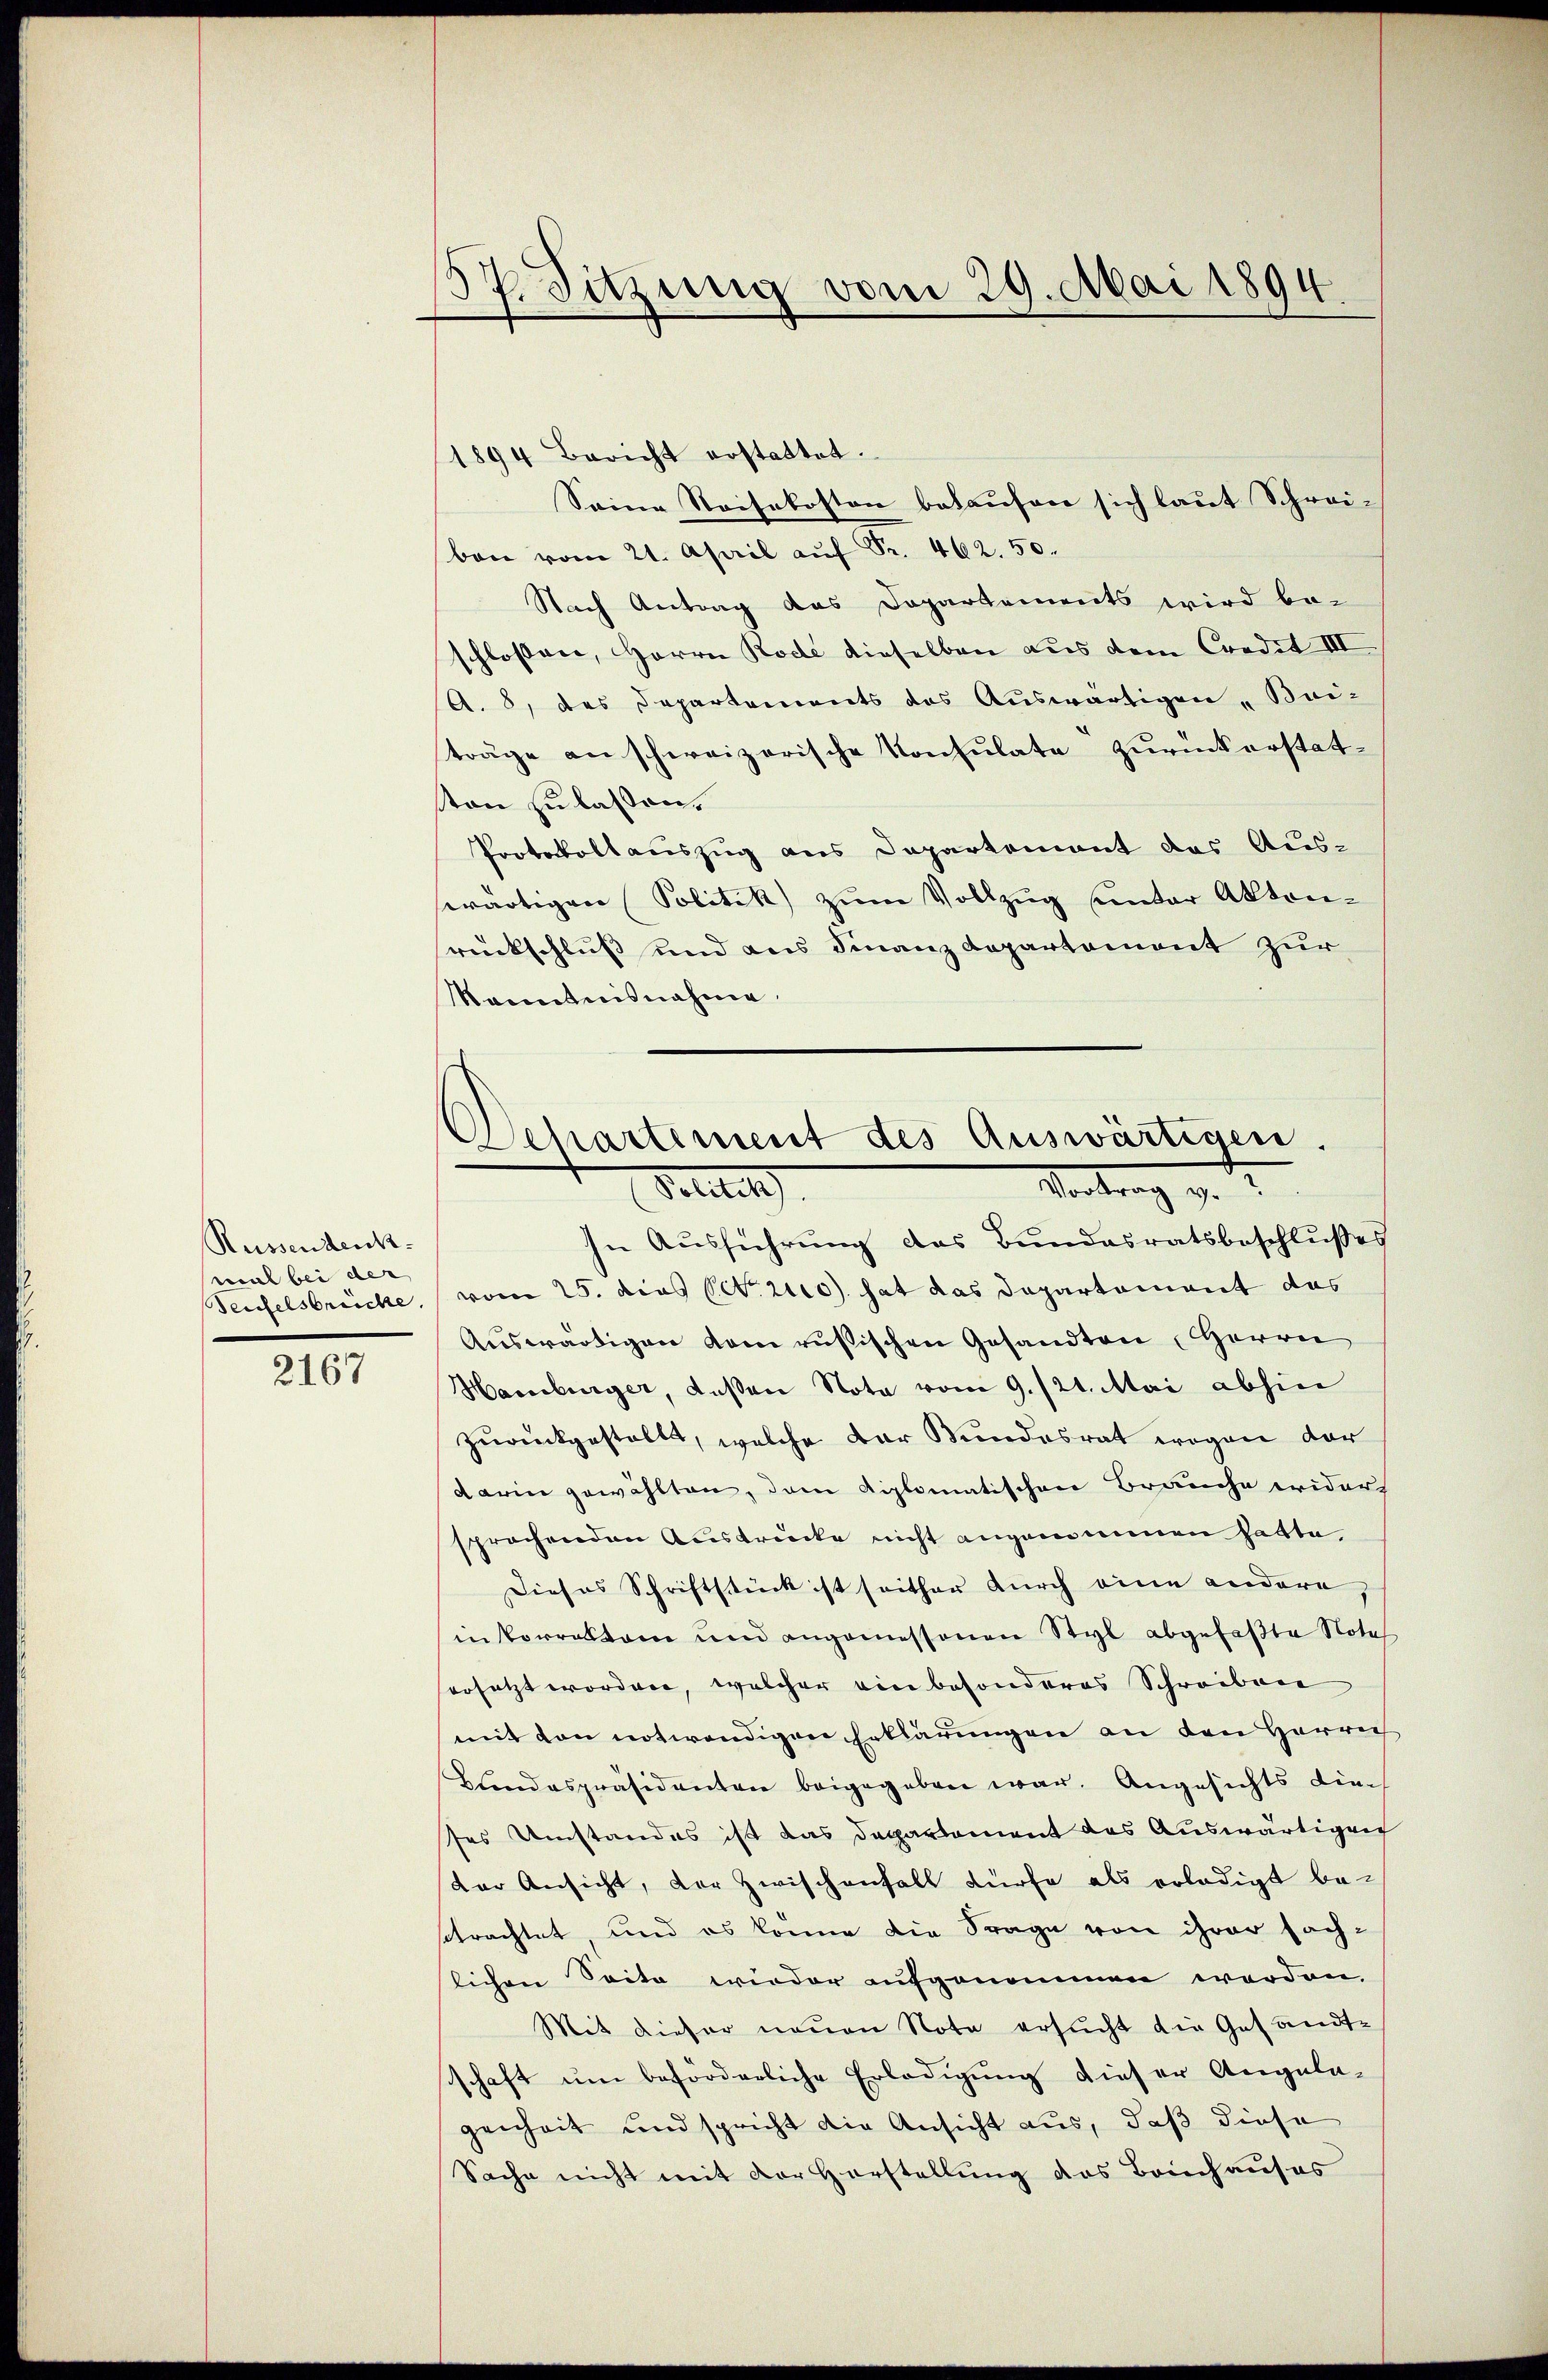
Reissendenck
mal bei der

2167

St. Sitzung vom 29. Mai 1894

1894 Bericht erstattet.
Seine Reisekosten bekaufen sich laut Schreiben vom 21. April auf Pr. 462. 50.
Nach Antrag das Departements wird be-
schloßen, Herrn Rode dieselben aus dem Credit III
A. 8, das Departements des Auswärtigen Bei-
träge an schweizerische Konsulate zurückerstatton zu lassen.
Protokollauszug aus Departement des Aus-
swärtigen Politik zum Vollzug unter Aktenrückschluß und aus Finanzdepartement zur
Kenntnisnahme.

Schartiment des Auswärtigen.
Vortrag v. 1
Petitel
In Ausführung das Bundesratsbeschlußes

Teufelsbrücke, vom 25. dies pct. 210) hat das Departement das
Auswärtigen dem rusischen Gesandten Herrn
Hamburger, deßen Nota vom 9./21. Mai abhin
zurückgestellt, welche der Bundesrat wegen der
darin gewählten, dem diplomatischen Brauche wider
sprochenden Ausdrücke nicht angemeinen hatte,
Dieses Schriftstück ist seither durch eine andere,
in Vorratam und angemessenen Styl abgefaßte Nota
ersetzt worden, welcher ein besonderes Schreiben
mit den notwendigen Erklärungen an den Herrn
Bundespräsidenten beigegeben war. Angesichts diech
ses Umstandes ist das Departement das Auswärtigen
dar Ansicht, der Zwischenfall dürfe als erledigt be-
setrachtet, und es könne die Frage von ihrer Fach-
lichen Seite wieder aufgenommen werden.
Mit dieser neuen Note ersucht die Gesandt-
schaft um beforderliche Erledigung dieser Aregula-
genheit und spricht die Ansicht aus, daß diese
Sache nicht mit der Horstellung des Bruchauses